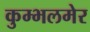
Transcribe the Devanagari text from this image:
कुम्भलमेर